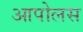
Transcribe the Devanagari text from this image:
आपोलस